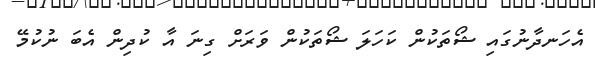
އެހަނދާނުގައި ޝޯތަކުން ކަހަލަ ޝޯތަކުން ވަރަށް ގިނަ އާ ކުދިން އެބަ ނުކުމޭ